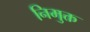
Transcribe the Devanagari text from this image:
निमुक्त